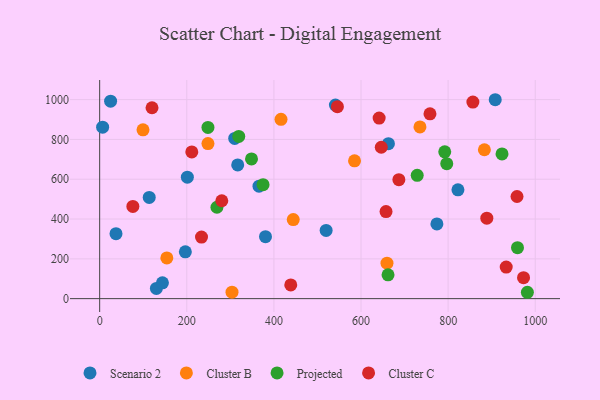
{"axis": {"x": "Distance", "y": "Salary"}, "legend": ["Cluster B", "Cluster C", "Projected", "Scenario 2"], "data": [{"x": "201.3", "y": 610.3, "type": "Scenario 2"}, {"x": "908.1", "y": 999.4, "type": "Scenario 2"}, {"x": "196.7", "y": 235.1, "type": "Scenario 2"}, {"x": "822.5", "y": 546.9, "type": "Scenario 2"}, {"x": "130.2", "y": 51.1, "type": "Scenario 2"}, {"x": "310.0", "y": 805.0, "type": "Scenario 2"}, {"x": "25.1", "y": 992.0, "type": "Scenario 2"}, {"x": "541.2", "y": 972.6, "type": "Scenario 2"}, {"x": "316.9", "y": 671.7, "type": "Scenario 2"}, {"x": "380.7", "y": 311.4, "type": "Scenario 2"}, {"x": "774.2", "y": 375.5, "type": "Scenario 2"}, {"x": "144.1", "y": 79.7, "type": "Scenario 2"}, {"x": "662.9", "y": 778.8, "type": "Scenario 2"}, {"x": "365.8", "y": 565.1, "type": "Scenario 2"}, {"x": "519.9", "y": 342.8, "type": "Scenario 2"}, {"x": "37.5", "y": 326.4, "type": "Scenario 2"}, {"x": "6.8", "y": 861.4, "type": "Scenario 2"}, {"x": "113.8", "y": 508.6, "type": "Scenario 2"}, {"x": "735.3", "y": 862.5, "type": "Cluster B"}, {"x": "99.5", "y": 848.4, "type": "Cluster B"}, {"x": "659.6", "y": 178.3, "type": "Cluster B"}, {"x": "444.4", "y": 397.2, "type": "Cluster B"}, {"x": "248.6", "y": 779.3, "type": "Cluster B"}, {"x": "585.1", "y": 692.2, "type": "Cluster B"}, {"x": "416.3", "y": 901.1, "type": "Cluster B"}, {"x": "154.2", "y": 204.6, "type": "Cluster B"}, {"x": "303.8", "y": 32.6, "type": "Cluster B"}, {"x": "883.2", "y": 748.1, "type": "Cluster B"}, {"x": "959.2", "y": 256.3, "type": "Projected"}, {"x": "729.0", "y": 619.8, "type": "Projected"}, {"x": "662.0", "y": 119.7, "type": "Projected"}, {"x": "248.6", "y": 860.1, "type": "Projected"}, {"x": "792.2", "y": 737.7, "type": "Projected"}, {"x": "348.6", "y": 701.9, "type": "Projected"}, {"x": "375.1", "y": 572.4, "type": "Projected"}, {"x": "981.9", "y": 32.0, "type": "Projected"}, {"x": "319.3", "y": 815.1, "type": "Projected"}, {"x": "796.8", "y": 678.3, "type": "Projected"}, {"x": "269.2", "y": 459.2, "type": "Projected"}, {"x": "923.7", "y": 727.1, "type": "Projected"}, {"x": "933.3", "y": 158.5, "type": "Cluster C"}, {"x": "856.8", "y": 987.4, "type": "Cluster C"}, {"x": "686.9", "y": 597.8, "type": "Cluster C"}, {"x": "758.3", "y": 928.6, "type": "Cluster C"}, {"x": "76.2", "y": 463.2, "type": "Cluster C"}, {"x": "211.5", "y": 737.3, "type": "Cluster C"}, {"x": "438.7", "y": 68.9, "type": "Cluster C"}, {"x": "973.1", "y": 105.6, "type": "Cluster C"}, {"x": "280.4", "y": 491.8, "type": "Cluster C"}, {"x": "641.6", "y": 907.4, "type": "Cluster C"}, {"x": "545.8", "y": 964.7, "type": "Cluster C"}, {"x": "120.2", "y": 959.2, "type": "Cluster C"}, {"x": "958.1", "y": 513.1, "type": "Cluster C"}, {"x": "233.8", "y": 309.4, "type": "Cluster C"}, {"x": "888.8", "y": 404.1, "type": "Cluster C"}, {"x": "657.4", "y": 437.7, "type": "Cluster C"}, {"x": "646.5", "y": 760.6, "type": "Cluster C"}]}